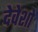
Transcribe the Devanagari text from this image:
देवेशो